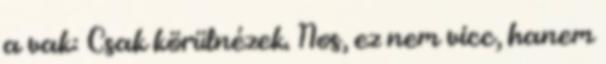
a vak: Csak körülnézek. Nos, ez nem vicc, hanem